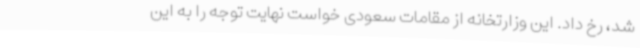
شد، رخ داد. این وزارتخانه از مقامات سعودی خواست نهایت توجه را به این